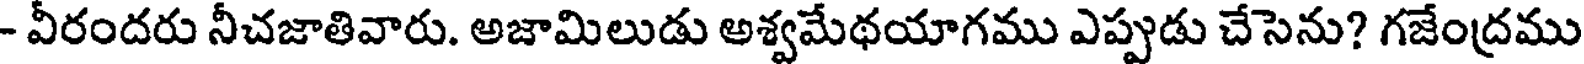
- వీరందరు నీచజాతివారు. అజామిలుడు అశ్వమేథయాగము ఎప్పుడు చేసెను? గజేంద్రము